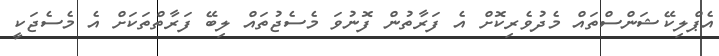
އެޕްލިކޭޝަންސްތައް މެދުވެރިކޮށް އެ ފަރާތުން ފޮނުވަ މެސެޖުތައް ލިބޭ ފަރާތްތަކަށް އެ މެސެޖަކީ